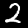
Digit: 2